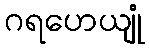
ဂရဟေယျုံ